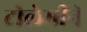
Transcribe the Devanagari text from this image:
टोलेमीने